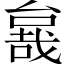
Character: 𱔖